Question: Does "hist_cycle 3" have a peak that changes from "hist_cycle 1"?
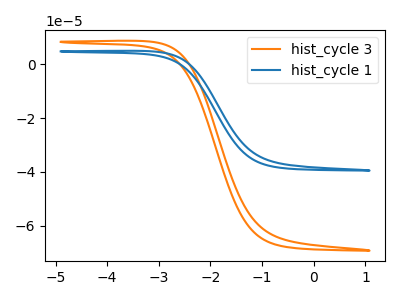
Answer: <think>The orange curve "hist_cycle 3" has no peaks. The blue curve "hist_cycle 1" has no peaks.
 Neither "hist_cycle 3" or "hist_cycle 1" have any peaks.</think>
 <answer>No, "hist_cycle 3" and "hist_cycle 1" don't appear to be significantly different in shape</answer>
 <eval>no_change</eval>